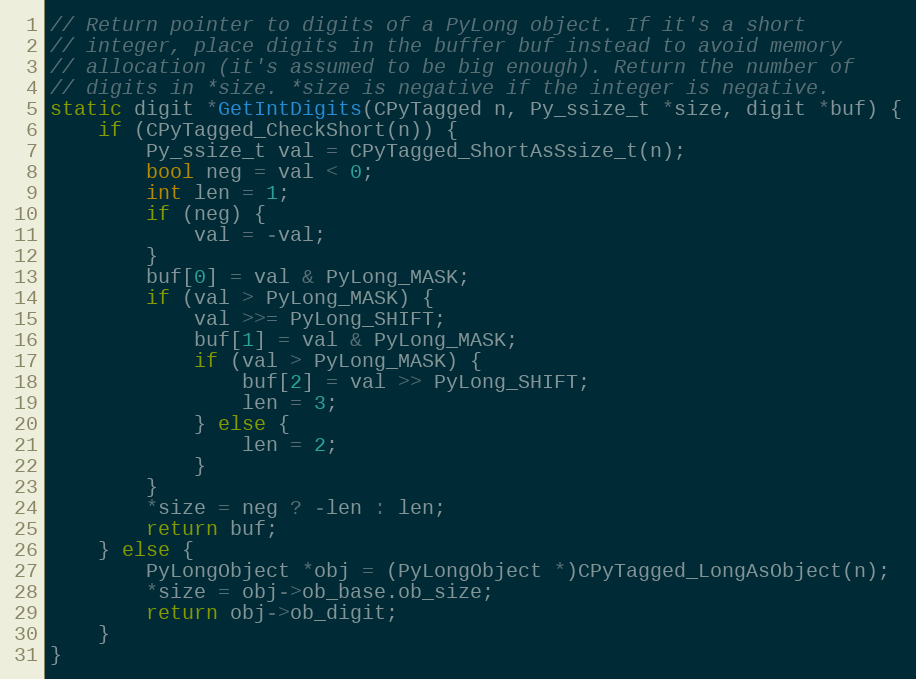
Language: C
// Return pointer to digits of a PyLong object. If it's a short
// integer, place digits in the buffer buf instead to avoid memory
// allocation (it's assumed to be big enough). Return the number of
// digits in *size. *size is negative if the integer is negative.
static digit *GetIntDigits(CPyTagged n, Py_ssize_t *size, digit *buf) {
    if (CPyTagged_CheckShort(n)) {
        Py_ssize_t val = CPyTagged_ShortAsSsize_t(n);
        bool neg = val < 0;
        int len = 1;
        if (neg) {
            val = -val;
        }
        buf[0] = val & PyLong_MASK;
        if (val > PyLong_MASK) {
            val >>= PyLong_SHIFT;
            buf[1] = val & PyLong_MASK;
            if (val > PyLong_MASK) {
                buf[2] = val >> PyLong_SHIFT;
                len = 3;
            } else {
                len = 2;
            }
        }
        *size = neg ? -len : len;
        return buf;
    } else {
        PyLongObject *obj = (PyLongObject *)CPyTagged_LongAsObject(n);
        *size = obj->ob_base.ob_size;
        return obj->ob_digit;
    }
}